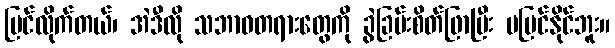
မြင်လိုက်တယ်၊ အဲဒီလို သဘာဝတရားတွေကို ခွဲခြမ်းစိတ်ဖြာပြီး မမြင်နိုင်ဘူး။